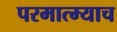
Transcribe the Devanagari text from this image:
परमात्म्याच